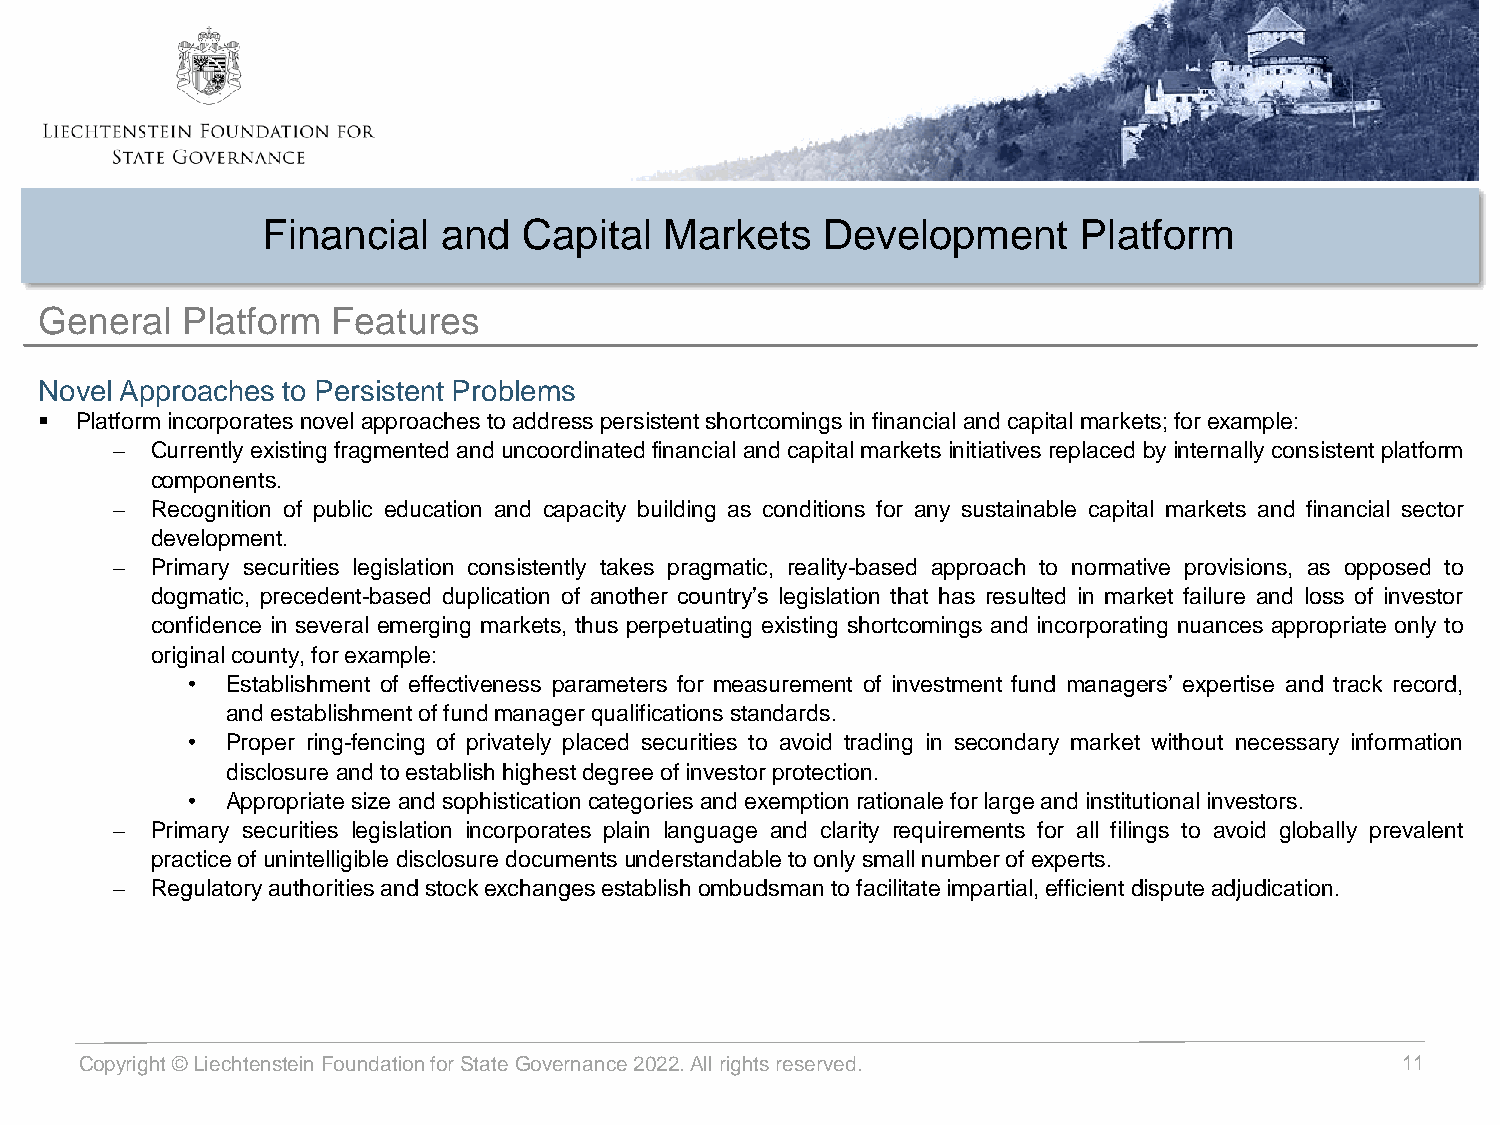
Financial   and   Capital  Markets   Development      Platform
 General  Platform  Features
 Novel Approaches to Persistent Problems
 ▪ Platformincorporatesnovel approachestoaddresspersistentshortcomingsinfinancial andcapital markets;forexample:
 − Currently existingfragmented anduncoordinatedfinancial and capitalmarkets initiatives replaced byinternally consistent platform
 components.
 − Recognition of public education and capacity building as conditions for any sustainable capital markets and financial sector
 development.
 − Primary securities legislation consistently takes pragmatic, reality-based approach to normative provisions, as opposed to
 dogmatic, precedent-based duplication of another country’s legislation that has resulted in market failure and loss of investor
 confidence in several emerging markets, thus perpetuating existing shortcomings and incorporating nuances appropriate only to
 original county,forexample:
 •  Establishment of effectiveness parameters for measurement of investment fund managers’ expertise and track record,
 andestablishmentoffundmanagerqualifications standards.
 •  Proper ring-fencing of privately placed securities to avoid trading in secondary market without necessary information
 disclosure andtoestablish highestdegreeof investorprotection.
 •  Appropriatesize and sophisticationcategoriesandexemption rationaleforlargeand institutional investors.
 − Primary securities legislation incorporates plain language and clarity requirements for all filings to avoid globally prevalent
 practiceofunintelligible disclosure documentsunderstandabletoonly smallnumberofexperts.
 − Regulatoryauthoritiesandstockexchangesestablish ombudsmantofacilitateimpartial,efficientdisputeadjudication.
 Copyright © Liechtenstein Foundation for State Governance2022. All rights reserved.     11